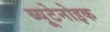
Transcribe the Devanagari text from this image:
ब्यूटेनोइक